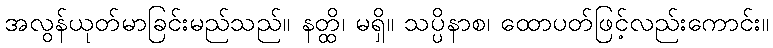
အလွန်ယုတ်မာခြင်းမည်သည်။ နတ္ထိ၊ မရှိ။ သပ္ပိနာစ၊ ထောပတ်ဖြင့်လည်းကောင်း။